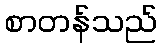
စာတန်သည်